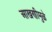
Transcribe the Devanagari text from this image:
आखणीमुळे